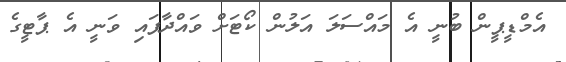
އެމްޑީޕީން ބުނީ އެ މައްސަލަ އަލުން ކޯޓަށް ވައްދާފައި ވަނީ އެ ޕާޓީގެ